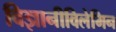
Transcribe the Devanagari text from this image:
विज्ञानीविलेमिन